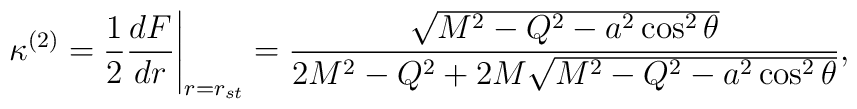
\left.\kappa^{(2)}=\frac{1}{2}\frac{dF}{dr}\right|_{r=r_{st}}=\frac{\sqrt{M^2-Q^2-a^2\cos^2\theta}}{2M^2-Q^2+2M\sqrt{M^2-Q^2-a^2\cos^2\theta}},